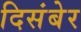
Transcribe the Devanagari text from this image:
दिसंबेर